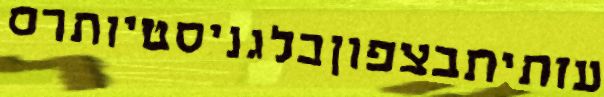
עזתיתבצפוןבלגניסטיותרס